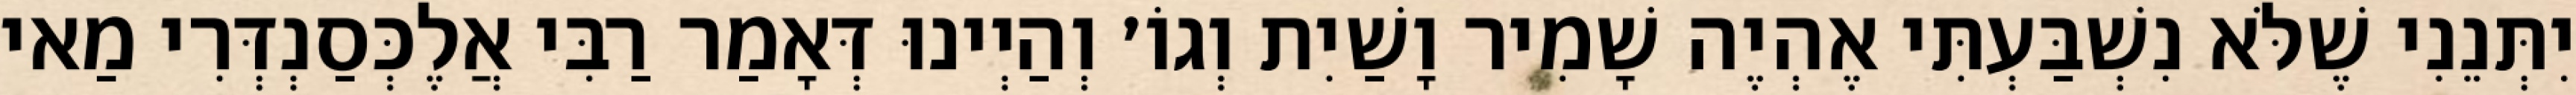
יִתְּנֵנִי שֶׁלֹּא נִשְׁבַּעְתִּי אֶהְיֶה שָׁמִיר וָשַׁיִת וְגוֹ׳ וְהַיְינוּ דְּאָמַר רַבִּי אֲלֶכְּסַנְדְּרִי מַאי